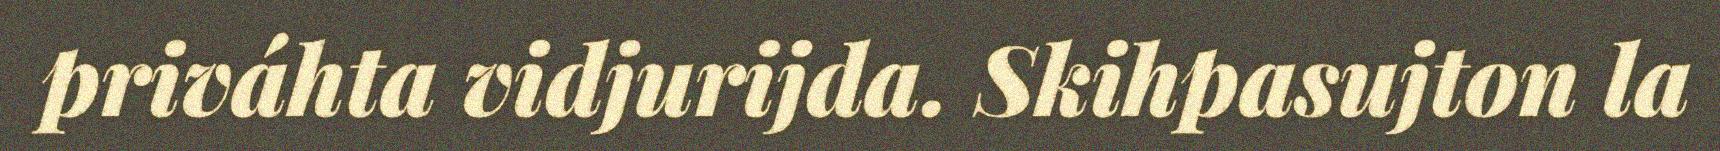
priváhta vidjurijda. Skihpasujton la